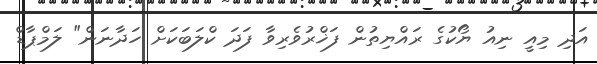
އަދި މިއީ ނިއު ޔޯކުގެ ރައްޔިތުން ފަޚްރުވެރިވާ ފަދަ ކްލަބަކަށް ހަދާނަން" ލަމްޕާޑް